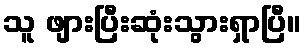
သူ ဖျားပြီးဆုံးသွားရှာပြီ။